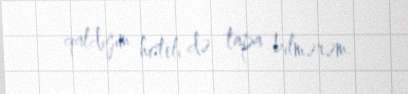
qaldığım hoteli də tapa bilmərəm.